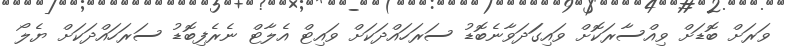
ވަރަށް ބޮޑަށް ވިއްސާރަކޮށް ވައިގަަދަވާނެބޮޑު ސަރަހައްދަކަށް ވައިޓް އެލާޓް ނެރެފިބޮޑު ސަރަހައްދަކަށް ޔެލޯ